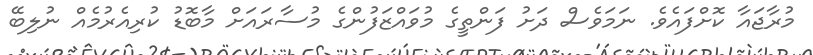
މުރާޖައާ ކޮށްފައެވެ. ނަމަވެސް ދަށު ފަންތީގެ މުވައްޒަފުންގެ މުސާރައަށް މާބޮޑު ކުރިއެރުމެއް ނުލިބޭ